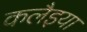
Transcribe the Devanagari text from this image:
कलैइया